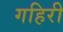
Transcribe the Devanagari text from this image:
गहिरी